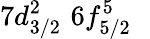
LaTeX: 7d_{3/2}^{2}\, \, 6f_{5/2}^{5}\, \, \, \,